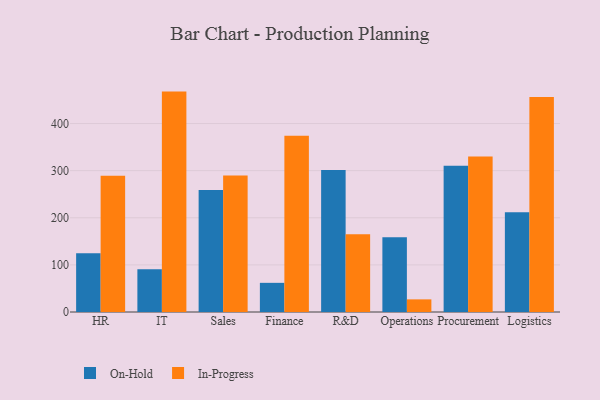
{"axis": {"x": "Department", "y": "Shipments"}, "legend": ["In-Progress", "On-Hold"], "data": [{"x": "HR", "y": 124.7, "type": "On-Hold"}, {"x": "HR", "y": 289.1, "type": "In-Progress"}, {"x": "IT", "y": 90.7, "type": "On-Hold"}, {"x": "IT", "y": 467.8, "type": "In-Progress"}, {"x": "Sales", "y": 259.0, "type": "On-Hold"}, {"x": "Sales", "y": 289.5, "type": "In-Progress"}, {"x": "Finance", "y": 61.9, "type": "On-Hold"}, {"x": "Finance", "y": 373.9, "type": "In-Progress"}, {"x": "R&D", "y": 301.6, "type": "On-Hold"}, {"x": "R&D", "y": 165.0, "type": "In-Progress"}, {"x": "Operations", "y": 158.6, "type": "On-Hold"}, {"x": "Operations", "y": 26.8, "type": "In-Progress"}, {"x": "Procurement", "y": 310.5, "type": "On-Hold"}, {"x": "Procurement", "y": 330.3, "type": "In-Progress"}, {"x": "Logistics", "y": 211.5, "type": "On-Hold"}, {"x": "Logistics", "y": 456.1, "type": "In-Progress"}]}